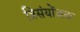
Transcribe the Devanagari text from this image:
त्रिसंयोंजक